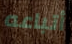
أتباعه